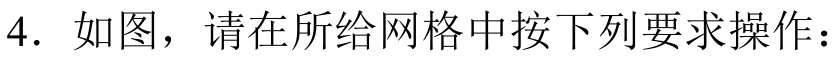
4. 如图，请在所给网格中按下列要求操作：